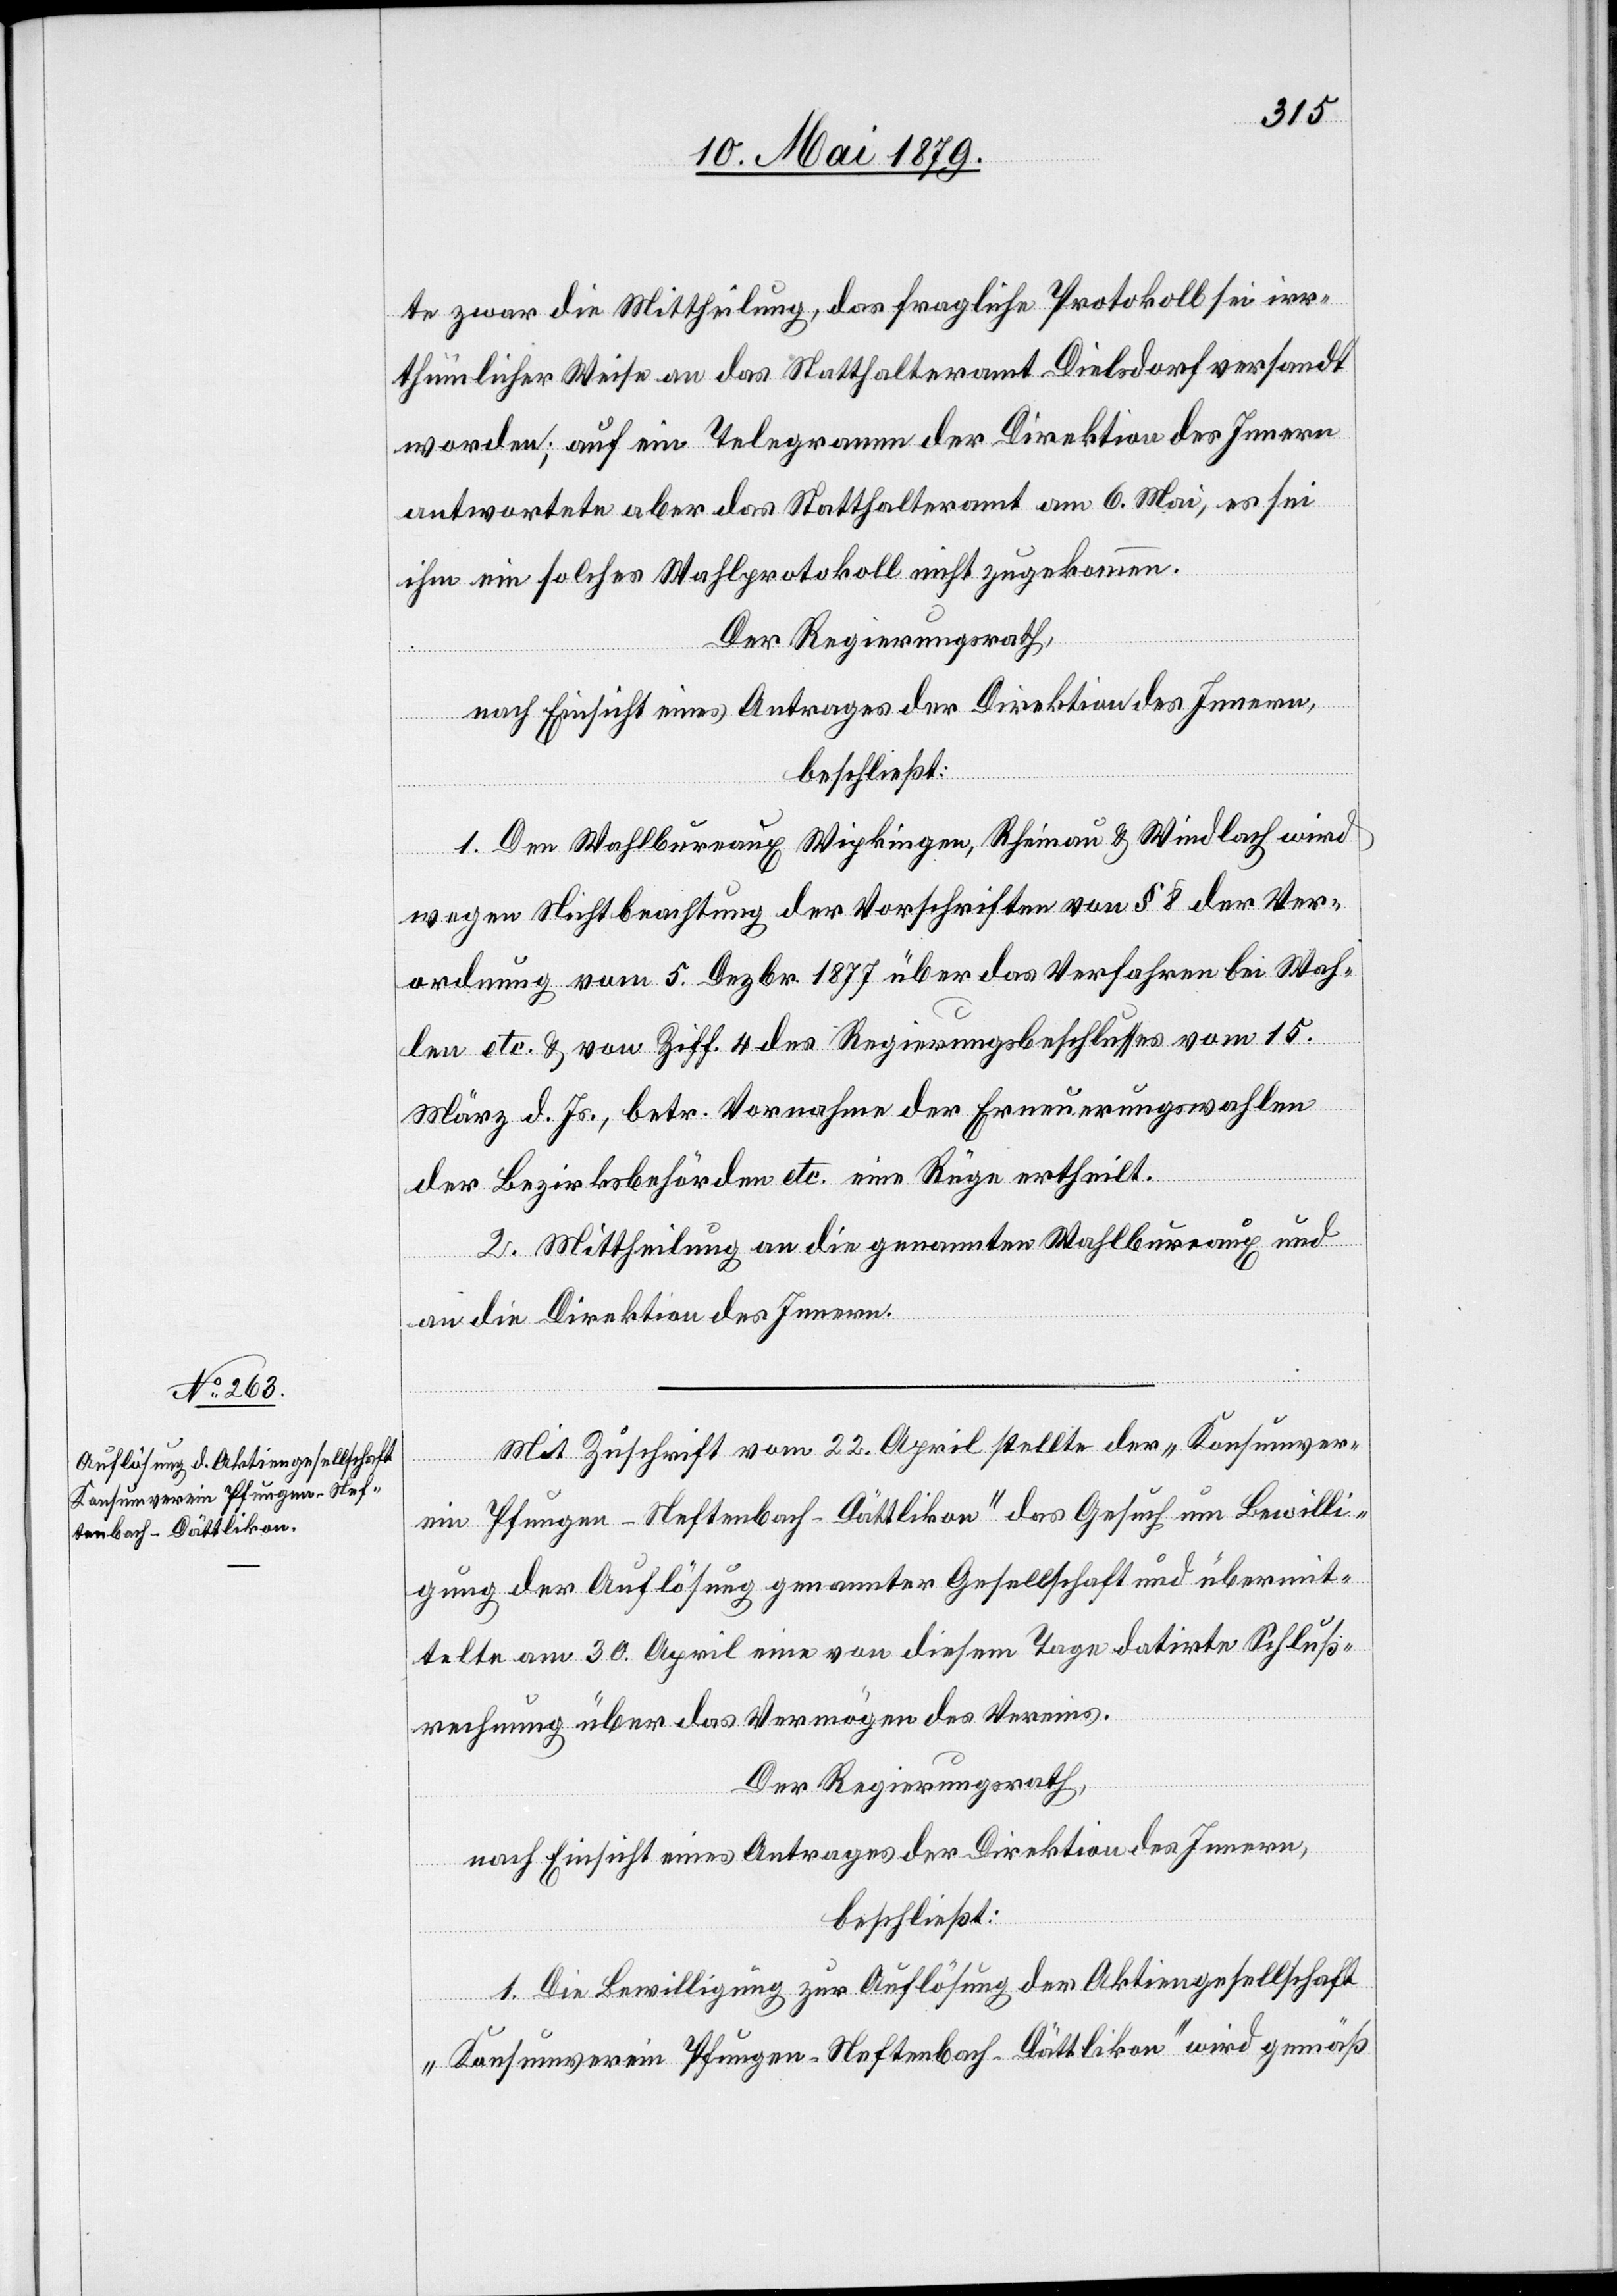
te zwar die Mittheilung, das fragliche Protokoll sei irr¬
thümlicher Weise an das Statthalteramt Dielsdorf versandt
worden; auf ein Telegramm der Direktion des Innern
antwortete aber das Statthalteramt am 6. Mai, es sei
ihm ein solches Wahlprotokoll nicht zugekommen.
Der Regierungsrath,
nach Einsicht eines Antrages der Direktion des Innern,
beschließt:
1. Den Wahlbureaux Wipkingen, Rheinau & Windlach wird
wegen Nichtbeachtung der Vorschriften von § 8 der Ver¬
ordnung vom 5. Dezbr. 1877 über das Verfahren bei Wah¬
len etc. & von Ziff. 4 des Regierungsbeschlusses vom 15.
März d. Js., betr. Vornahme der Erneuerungswahlen
der Bezirksbehörden etc. eine Rüge ertheilt.
2. Mittheilung an die genannten Wahlbureaux und
an die Direktion des Innern.
Mit Zuschrift vom 22. April stellte der „Konsumver¬
ein Pfungen-Neftenbach-Dättlikon“ das Gesuch um Bewilli¬
gung der Auflösung genannter Gesellschaft und übermit¬
telte am 30. April eine von diesem Tage datirte Schluß¬
rechnung über das Vermögen des Vereins.
Der Regierungsrath,
nach Einsicht eines Antrages der Direktion des Innern,
beschließt:
1. Die Bewilligung zur Auflösung der Aktiengesellschaft
„Konsumverein Pfungen-Neftenbach-Dättlikon“ wird gemäß